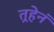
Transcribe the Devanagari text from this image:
तर्‍हेनं